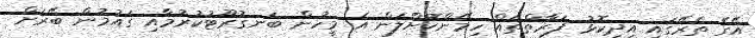
އޭގެ ތެރޭގައި އިދިކޮޅު ފަރާތްތައް ހިމޭންކޮށްލަން އެ މީހުން ބަނގުރޫޓުކުރުމާއި ގައުމުން ބޭރަށް